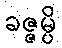
ခဇ္ဇမ္ပိ